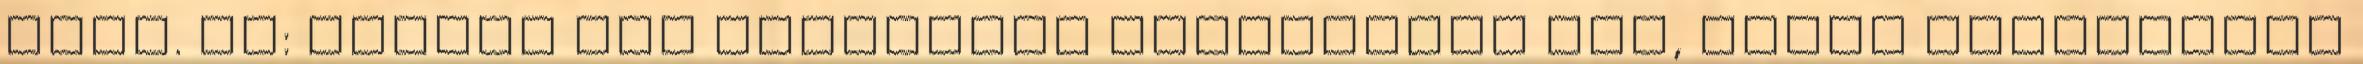
lesz. Pl: Serena nem plüssöket támasztana fel, hanem imádsággal